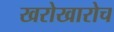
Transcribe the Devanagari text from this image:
खरोखारोच